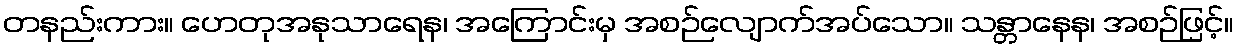
တနည်းကား။ ဟေတုအနုသာရေန၊ အကြောင်းမှ အစဉ်လျောက်အပ်သော။ သန္တာနေန၊ အစဉ်ဖြင့်။